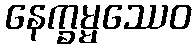
နေက္ခမ္မဿေဝ